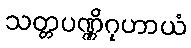
သတ္တပဏ္ဏိဂုဟာယံ